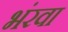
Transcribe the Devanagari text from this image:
भंरवा